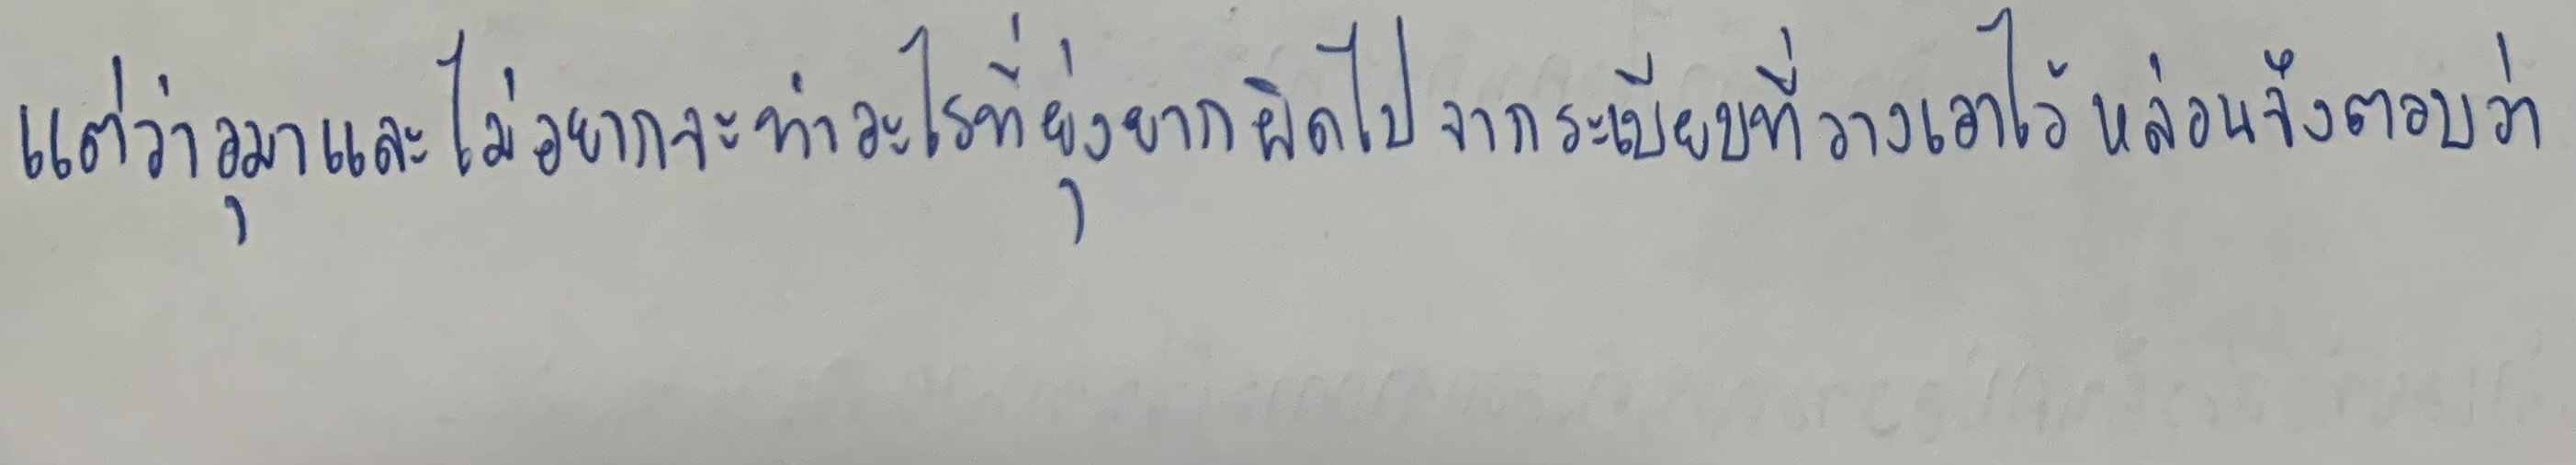
แต่ว่าอุมาและไม่อยากจะทำอะไรที่ยุ่งยากผิดไปจากระเบียบที่วางเอาไว้หล่อนจึงตอบว่า